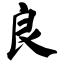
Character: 良